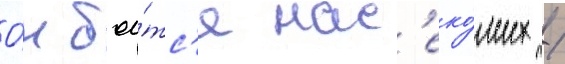
О́н бои́тс'я нас'еко́мых /